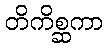
တိကိစ္ဆကာ